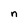
Character: n